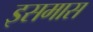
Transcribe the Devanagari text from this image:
इसमास